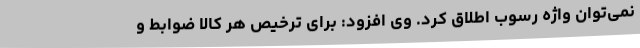
نمی‌توان واژه رسوب اطلاق کرد. وی افزود: برای ترخیص هر کالا ضوابط و